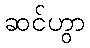
ဆင်ဟွာ